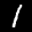
Label: 1